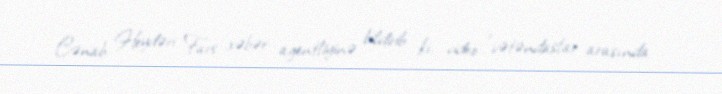
Cənab Heydəri Fars xəbər agentliyinə bildirib ki, video "vətəndaşlar arasında